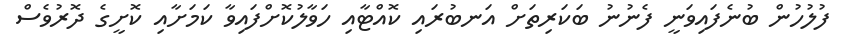
ފުލުހުން ބުނެފައިވަނީ ފެނުނު ބަކަރިތަށް އަނބުރައި ކޮއްޓާއި ހަވާލުކޮށްފައިވާ ކަމަށާއި ކޮށީގެ ދޮރުވެސް